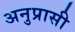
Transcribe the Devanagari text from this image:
अनुप्रासी